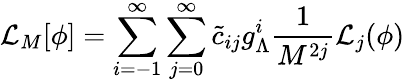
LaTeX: {\cal L}_{M}[\phi]=\sum_{i=-1}^{\infty}\sum_{j=0}^{\infty}\tilde{c}_{ij}g_{\Lambda}^{i}\frac{1}{M^{2j}}{\cal L}_{j}(\phi)